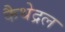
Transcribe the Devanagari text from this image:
कैथेद्रल